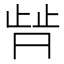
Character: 𬆀